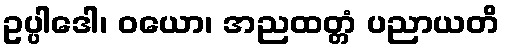
ဥပ္ပါဒေါ၊ ဝယော၊ အညထတ္တံ ပညာယတိ